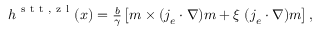
\begin{array} { r } { \boldsymbol { h } ^ { \mathrm { ~ s ~ t ~ t ~ , ~ z ~ l ~ } } ( \boldsymbol { x } ) = \frac { b } { \gamma } \left[ \boldsymbol { m } \times ( \boldsymbol { j } _ { e } \cdot \nabla ) \boldsymbol { m } + \xi \; ( \boldsymbol { j } _ { e } \cdot \nabla ) \boldsymbol { m } \right] , } \end{array}